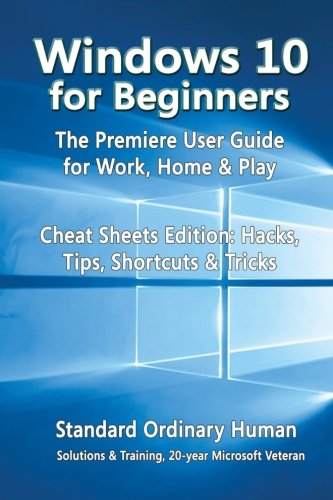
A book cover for Windows 10 for Beginners. The Premiere User Guide for Work, Home & Play.: Cheat Sheets Edition: Hacks, Tips, Shortcuts & Tricks.; Ordinary Human; Computers & Technology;